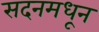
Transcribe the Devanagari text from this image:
सदनमधून